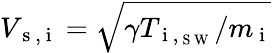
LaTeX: V_{\mathrm{~s~,~i~}}=\sqrt{\gamma T_{\mathrm{~i~},_{\mathrm{~S~W~}}}/m_{\mathrm{~i~}}}